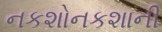
નકશોનકશાની